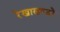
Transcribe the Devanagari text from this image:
रेखाखण्डों